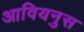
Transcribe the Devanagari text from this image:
आवियनुस